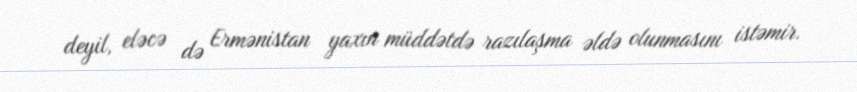
deyil, eləcə də Ermənistan yaxın müddətdə razılaşma əldə olunmasını istəmir.